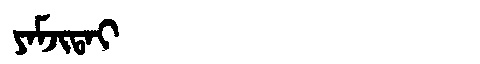
Manchu: ᠶᠠᠮᠵᡳᡨᠠᡳ
Romanization: YAMJITAI